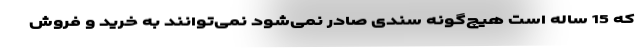
که 15 ساله است هیچ‌گونه سندی صادر نمی‌شود نمی‌توانند به خرید و فروش